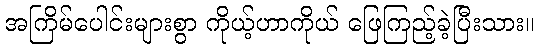
အကြိမ်ပေါင်းများစွာ ကိုယ့်ဟာကိုယ် ဖြေကြည့်ခဲ့ပြီးသား။